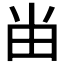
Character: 𰢷